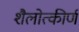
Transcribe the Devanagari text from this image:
शैलोत्कीर्ण